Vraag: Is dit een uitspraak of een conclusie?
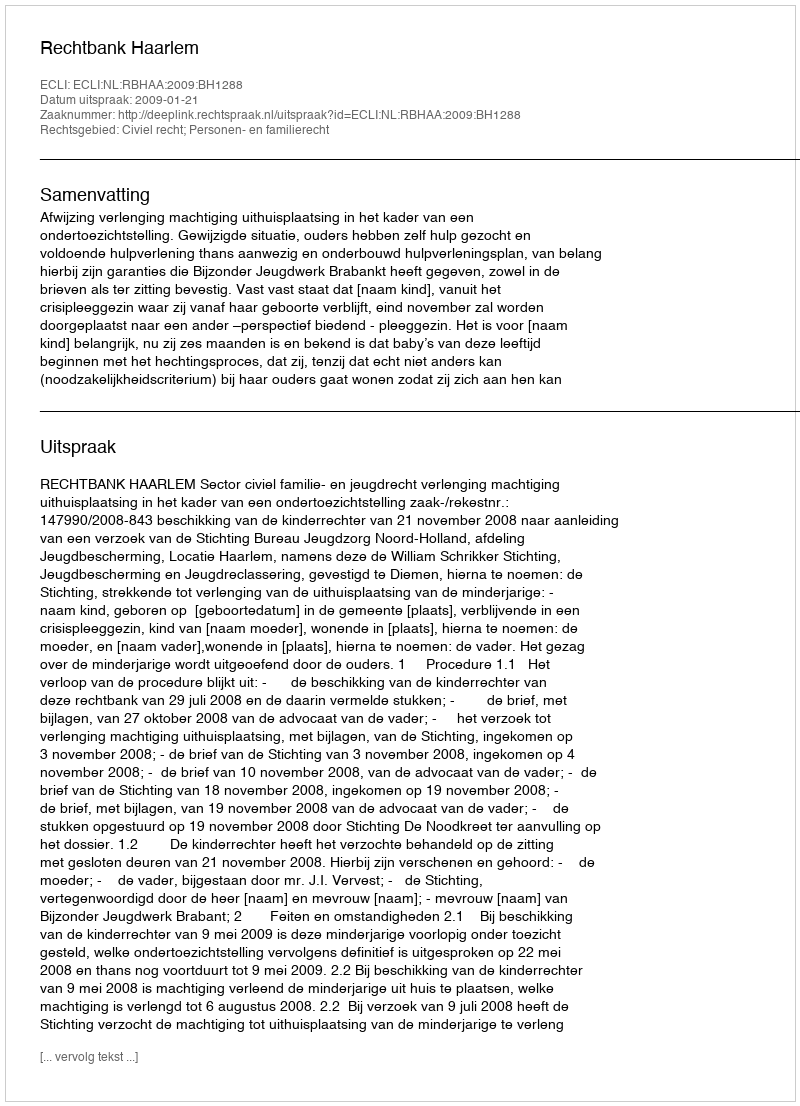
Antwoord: Uitspraak